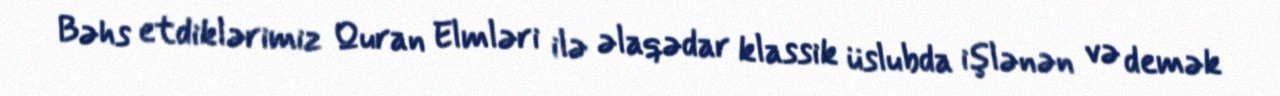
Bəhs etdiklərimiz Quran Elmləri ilə əlaqədar klassik üslubda işlənən və demək